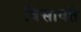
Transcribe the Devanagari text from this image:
विसावते